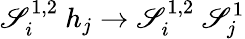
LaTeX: \mathscr{S}_{i}^{1,2}\ h_{j}\to\mathscr{S}_{i}^{1,2}\ \mathscr{S}_{j}^{1}